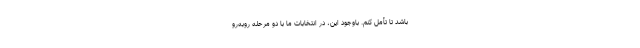
باشد تا تأمل کنم. باوجود این، در انتخابات ما با دو مرحله روبه‌رو